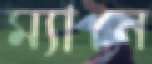
ম্যানে